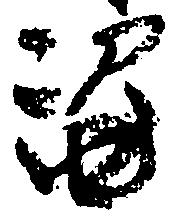
盗